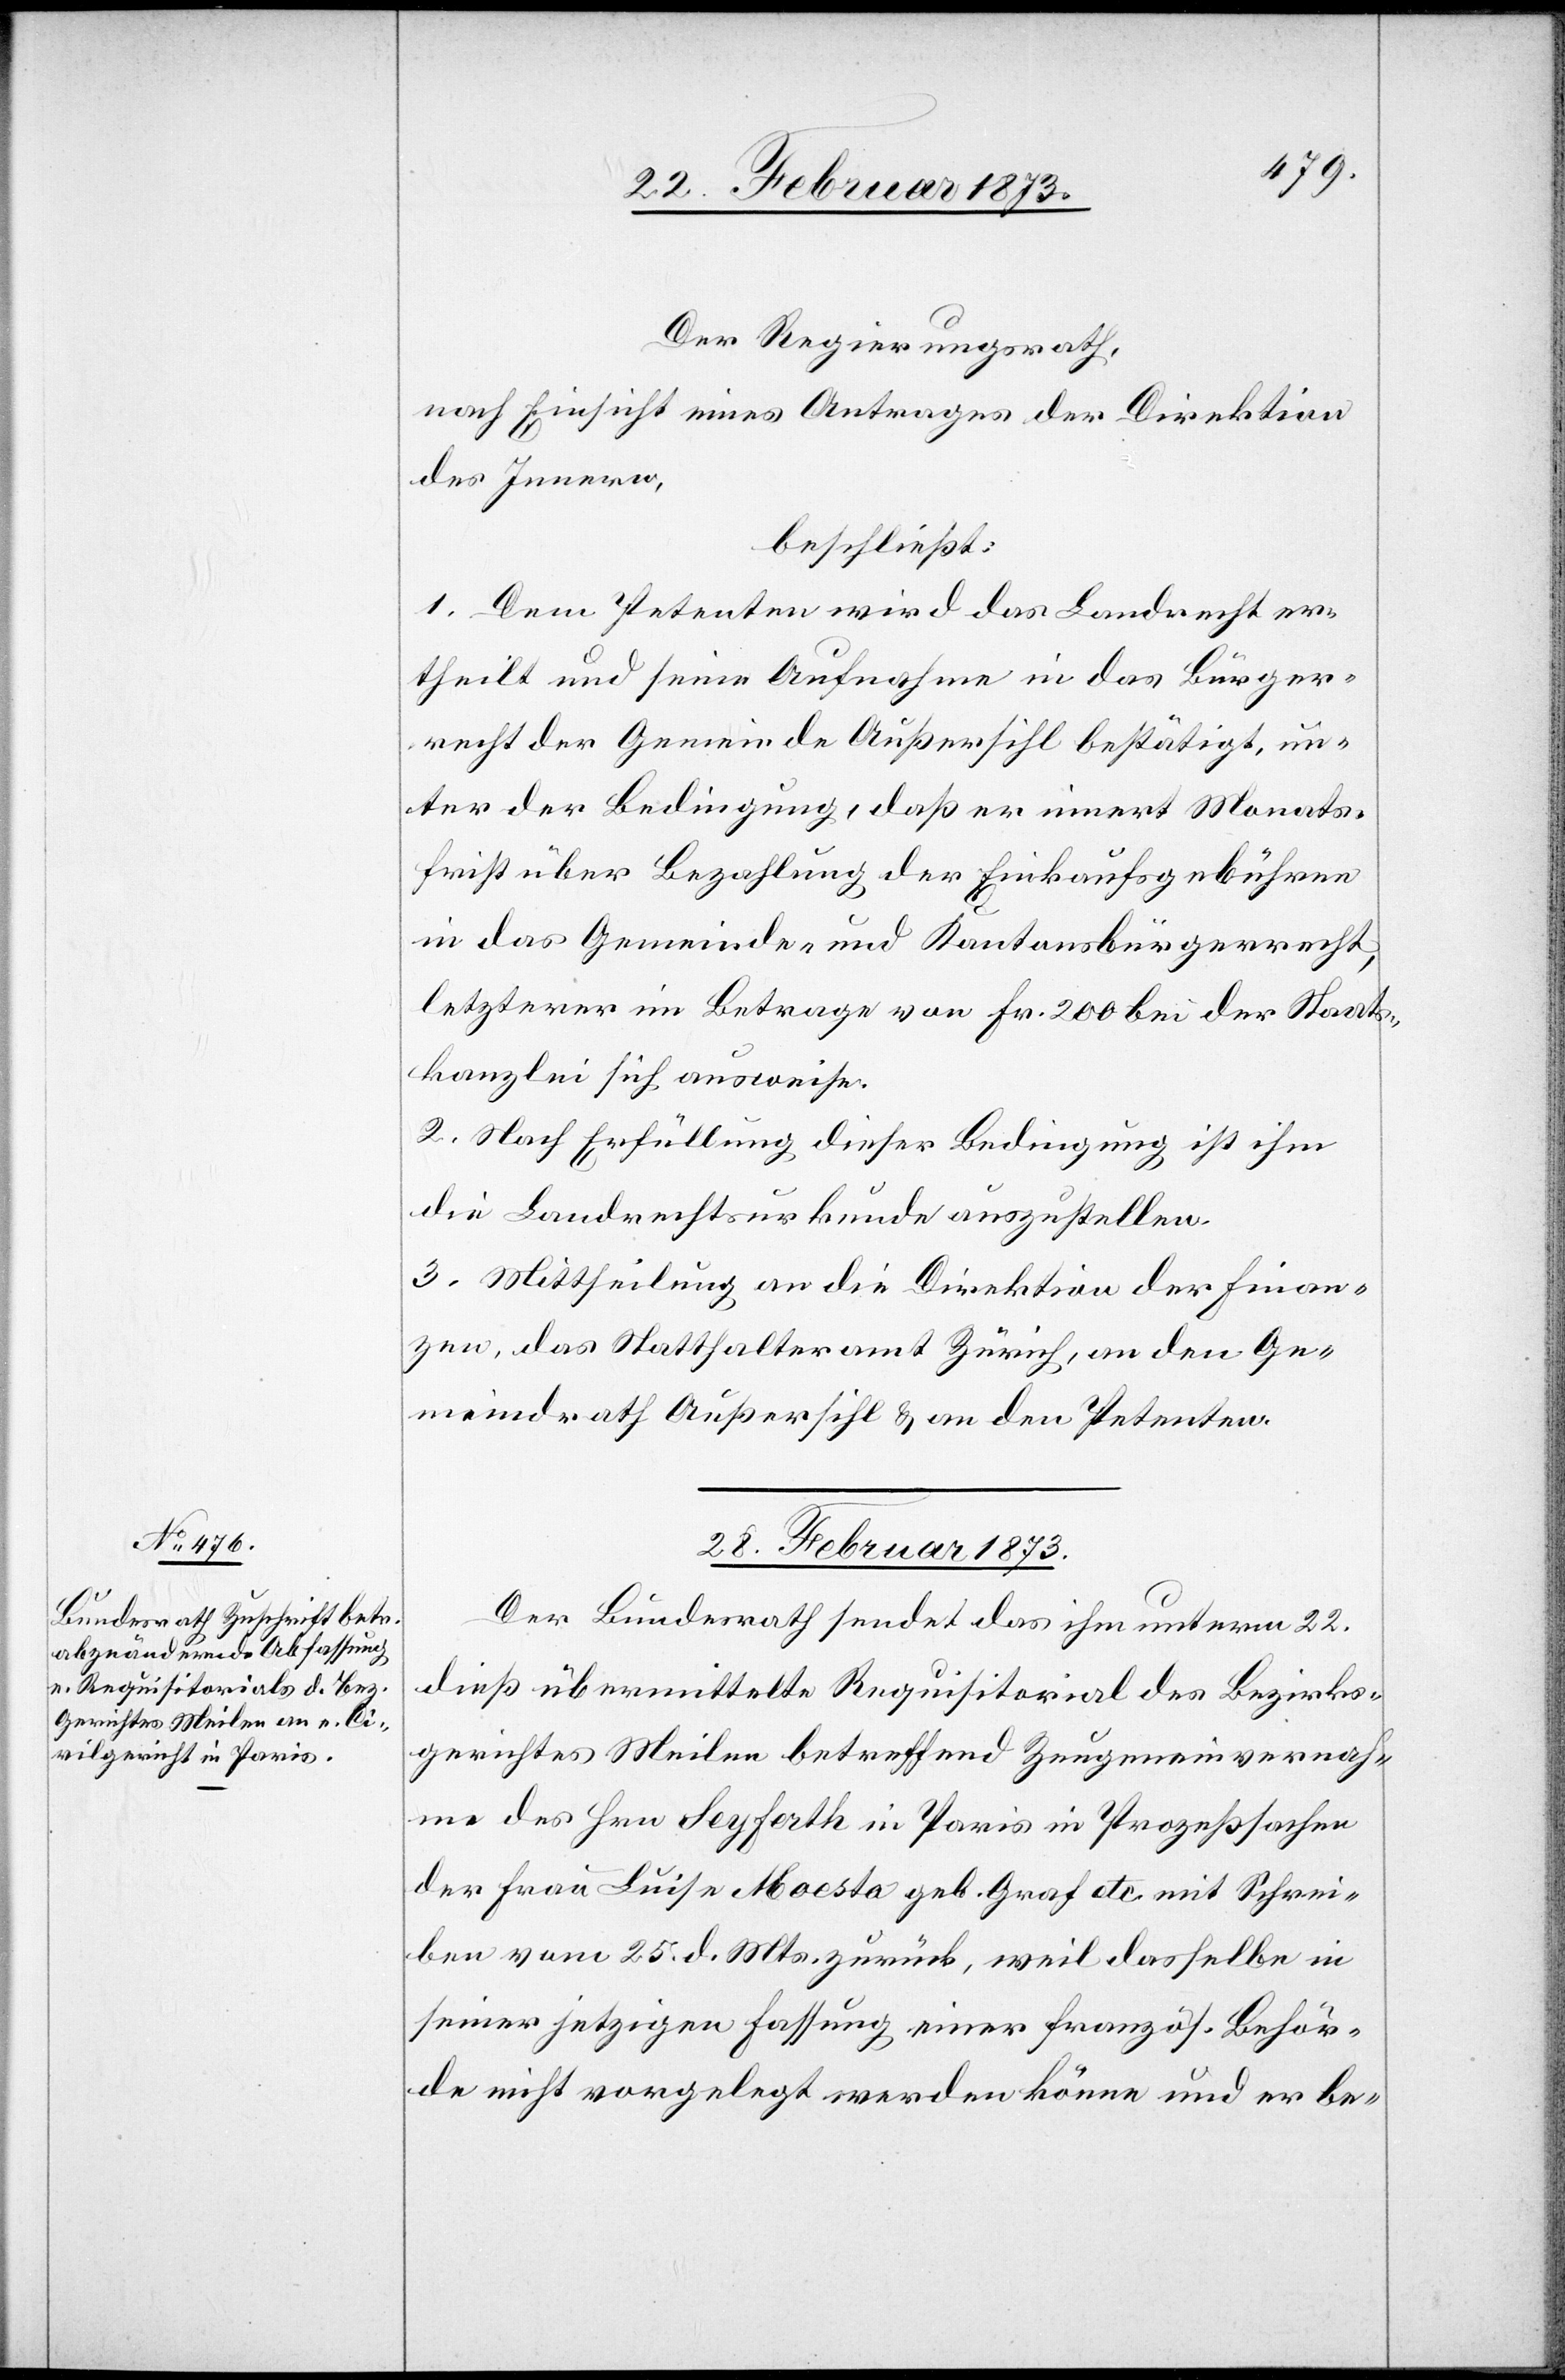
Der Regierungsrath,
nach Einsicht eines Antrages der Direktion
des Innern,
beschließt:
1. Dem Petenten wird das Landrecht er¬
theilt und seine Aufnahme in das Bürger¬
recht der Gemeinde Außersihl bestätigt, un¬
ter der Bedingung, daß er innert Monats¬
frist über Bezahlung der Einkaufsgebühren
in das Gemeinde- und Kantonsbürgerrecht,
letzterer [sic!] im Betrage von Fr. 200 bei der Staats¬
kanzlei sich ausweise.
2. Nach Erfüllung dieser Bedingung ist ihm
die Landrechtsurkunde auszustellen.
3. Mittheilung an die Direktion der Finan¬
zen, das Statthalteramt Zürich, an den Ge¬
meindrath Außersihl u. an den Petenten.
28. Februar 1873.
Der Bundesrath sendet das ihm unterm 22.
dieß übermittelte Requisitorial des Bezirks¬
gerichtes Meilen betreffend Zeugeneinvernah¬
me des Hrn Seyferth in Paris in Prozeßsachen
der Frau Luise Moesta geb. Graf etc. mit Schrei¬
ben vom 25. d. Mts. zurück, weil dasselbe in
seiner jetzigen Fassung einer französ. Behör¬
de nicht vorgelegt werden könne und er be-